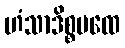
ဟံသာဒိစ္စပထေ